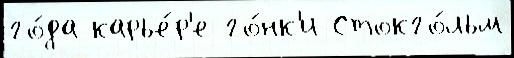
го́да карье́р'е го́нк'и Стокго́льм